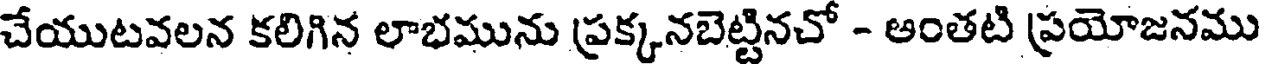
చేయుటవలన కలిగిన లాభమును ప్రక్కనబెట్టినచో - అంతటి ప్రయోజనము